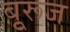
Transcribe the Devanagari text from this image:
बुूरूज